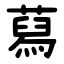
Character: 蕮